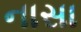
નાસા